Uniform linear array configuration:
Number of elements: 32
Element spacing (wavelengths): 0.5
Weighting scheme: kaiser
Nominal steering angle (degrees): -45
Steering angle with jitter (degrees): -43.481
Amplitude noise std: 0.05
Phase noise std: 0.05

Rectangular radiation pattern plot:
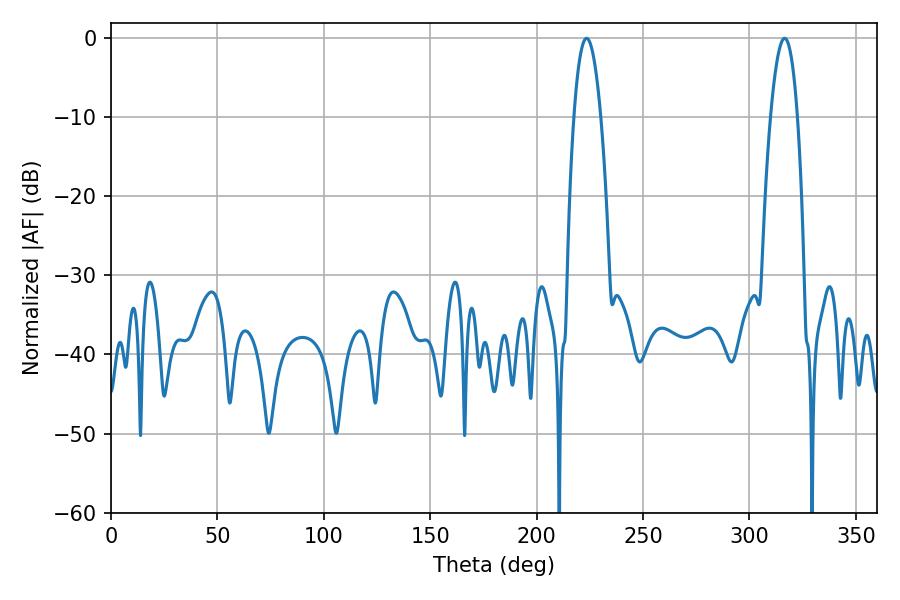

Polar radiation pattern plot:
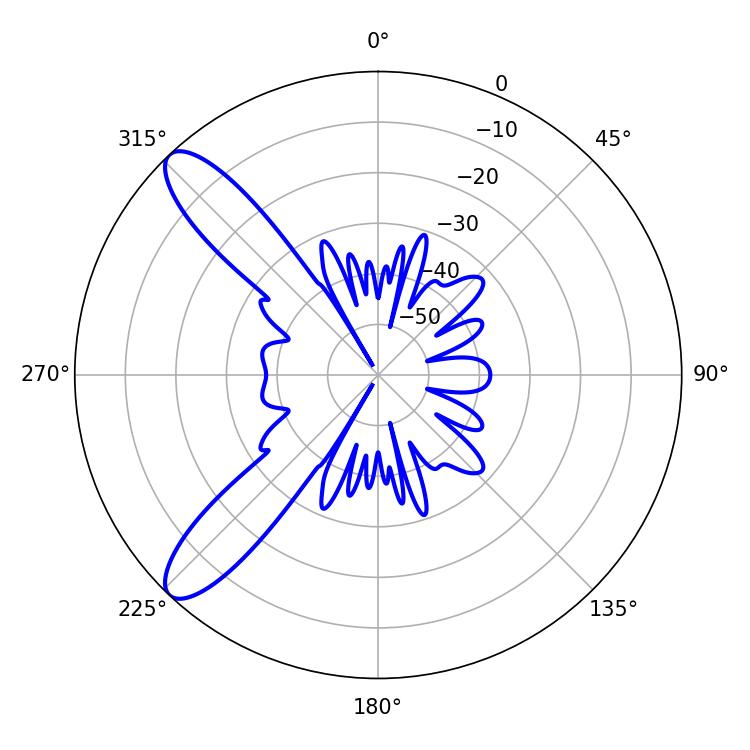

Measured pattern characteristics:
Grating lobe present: FALSE
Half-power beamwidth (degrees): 6.84
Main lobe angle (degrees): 223.56